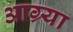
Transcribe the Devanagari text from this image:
आग्र्या